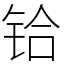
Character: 铪